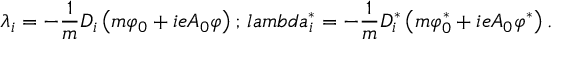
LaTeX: \lambda _ { i } = - \frac { 1 } { m } D _ { i } \left( m \varphi _ { 0 } + i e A _ { 0 } \varphi \right) ; \, l a m b d a _ { i } ^ { \ast } = - \frac { 1 } { m } D _ { i } ^ { \ast } \left( m \varphi _ { 0 } ^ { \ast } + i e A _ { 0 } \varphi ^ { \ast } \right) .